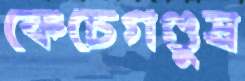
কেঁচেগণ্ডুষ